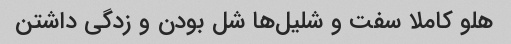
هلو کاملا سفت و شلیل‌ها شل بودن و زدگی داشتن